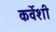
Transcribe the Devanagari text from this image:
कर्वेशी